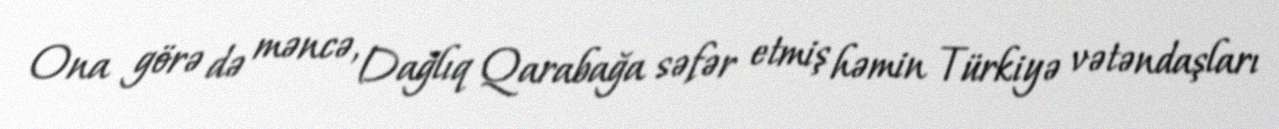
Ona görə də məncə, Dağlıq Qarabağa səfər etmiş həmin Türkiyə vətəndaşları